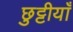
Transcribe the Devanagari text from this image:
छुट्टीयाँ